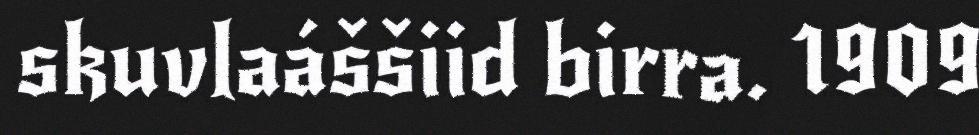
skuvlaáššiid birra. 1909